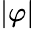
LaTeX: |\varphi|